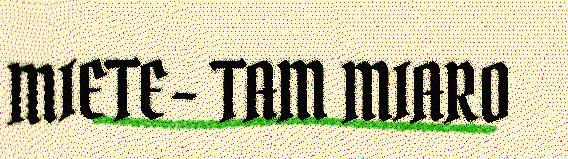
MIETE- TAM MIARO